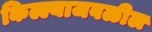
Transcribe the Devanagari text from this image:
किल्ल्याजवळील